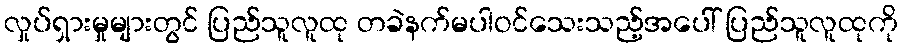
လှုပ်ရှားမှုများတွင် ပြည်သူလူထု တခဲနက်မပါဝင်သေးသည့်အပေါ် ပြည်သူလူထုကို